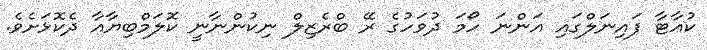
ކުއާޓާ ފައިނަލްގައި އަންނަ ހޯމަ ދުވަހުގެ ރޭ ބްރެޒިލް ނިކުންނާނީ ކޮލަމްބިޔާއާ ދެކޮޅަށެވެ.